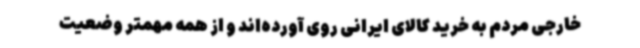
خارجی مردم به خرید کالای ایرانی روی آورده‌اند و از همه مهمتر وضعیت